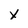
Character: x